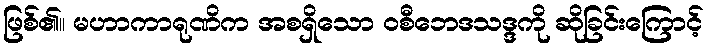
ဖြစ်၏။ မဟာကာရုဏိက အစရှိသော ဝစီဘေဒသဒ္ဒကို ဆိုခြင်းကြောင့်